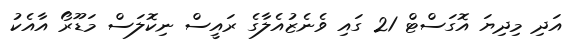
އަދި މިދިޔަ އޮގަސްޓް 21 ގައި ވެނެޒުއެލާގެ ރައީސް ނިކޮލަސް މަޑޫރޯ އާއެކު